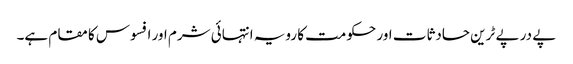
پے در پے ٹرین حادثات اور حکومت کا رویہ انتہائی شرم اور افسوس کا مقام ہے۔